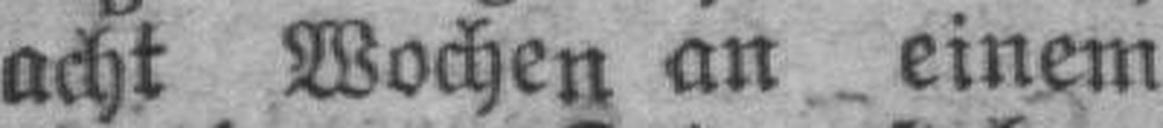
acht Wochen an einem